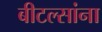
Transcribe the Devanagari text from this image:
बीटल्सांना